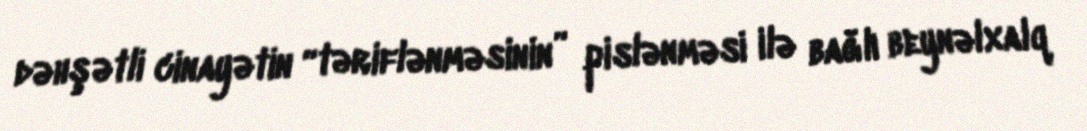
dəhşətli cinayətin “təriflənməsinin” pislənməsi ilə bağlı beynəlxalq